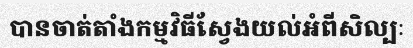
បានចាត់តាំងកម្មវិធីស្វែងយល់អំពីសិល្បៈ